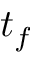
t _ { f }